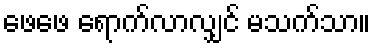
ဖေဖေ ရောက်လာလျှင် မသက်သာ။